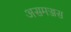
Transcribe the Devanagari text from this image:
असमज्जस